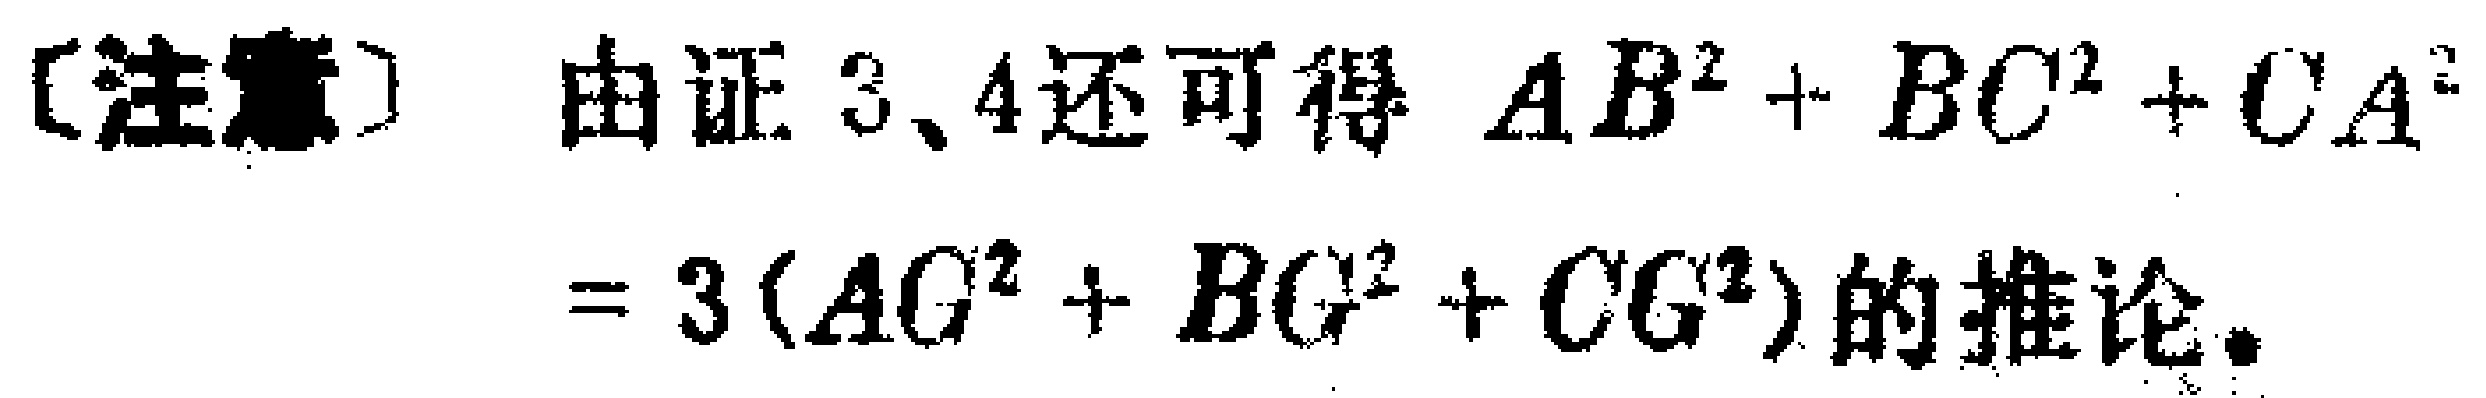
[注意] 由证 3、4还可得 \(AB^{2}+BC^{2}+CA^{2}=3(AG^{2}+BG^{2}+CG^{2})\) 的推论。